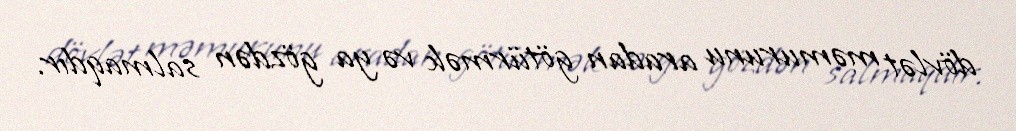
dövlət məmurunu aradan götürmək və ya gözdən salmaqdır.